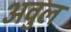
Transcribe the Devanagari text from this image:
अवुल